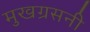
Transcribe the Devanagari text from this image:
मुखग्रसनी